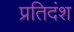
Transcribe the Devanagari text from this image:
प्रतिदंश